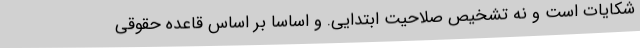
شکایات است و نه تشخیص صلاحیت ابتدایی. و اساسا بر اساس قاعده حقوقی